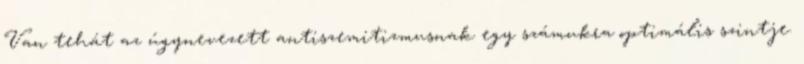
Van tehát az úgynevezett antiszemitizmusnak egy számukra optimális szintje.